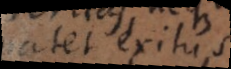
atet exitus.